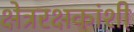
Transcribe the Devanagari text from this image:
क्षेत्ररक्षकांशी